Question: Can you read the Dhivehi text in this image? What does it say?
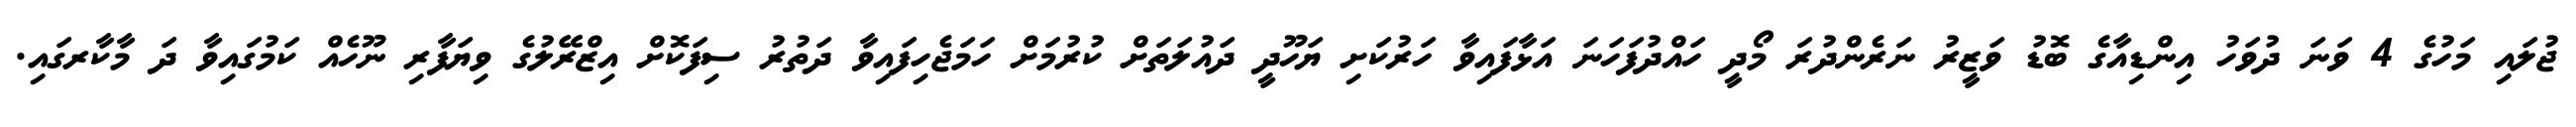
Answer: ޖުލައި މަހުގެ 4 ވަނަ ދުވަހު އިންޑިއާގެ ބޮޑު ވަޒީރު ނަރެންދުރަ މޯދީ ހައްދުފަހަނަ އަޅާފައިވާ ހަރުކަށި ޔަހޫދީ ދައުލަތަށް ކުރުމަށް ހަމަޖެހިފައިވާ ދަތުރު ސިފަކޮށް އިޒްރޭލުގެ ވިޔަފާރި ނޫހެއް ކަމުގައިވާ ދަ މާކާރގައި.